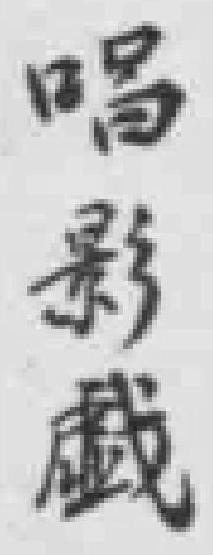
唱影戲